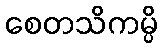
စေတသိကမ္ပိ